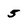
Character: 5